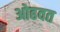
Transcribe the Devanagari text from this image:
ओढवत